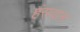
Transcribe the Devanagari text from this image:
हंसदान